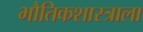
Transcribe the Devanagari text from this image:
भौतिकशास्त्राला